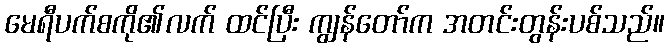
မေရီပက်စကို၏လက် ထင်ပြီး ကျွန်တော်က အတင်းတွန်းပစ်သည်။